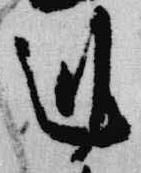
剋